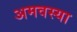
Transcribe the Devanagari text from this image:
अमवस्या